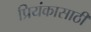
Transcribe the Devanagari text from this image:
प्रियंकासाठी